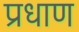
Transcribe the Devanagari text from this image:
प्रधाण